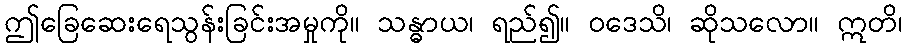
ဤခြေဆေးရေသွန်းခြင်းအမှုကို။ သန္ဓာယ၊ ရည်၍။ ဝဒေသိ၊ ဆိုသလော။ ဣတိ၊